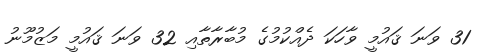
31 ވަނަ ޤައުމީ ވާހަކަ ދެއްކުމުގެ މުބާރާތާއި 32 ވަނަ ޤައުމީ މަޒުމޫނު